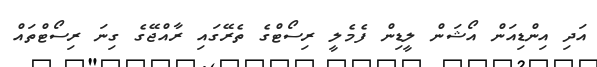
އަދި އިންޑިއަން އޯޝަން ލީޑިން ފެމެލީ ރިސޯޓްގެ ތެރޭގައި ރާއްޖޭގެ ގިނަ ރިސޯޓްތައް